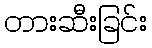
တားဆီးခြင်း